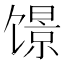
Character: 𬳑